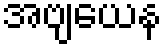
အဗျယေန